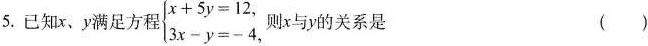
5.已知x、y满足方程$$\begin { cases }